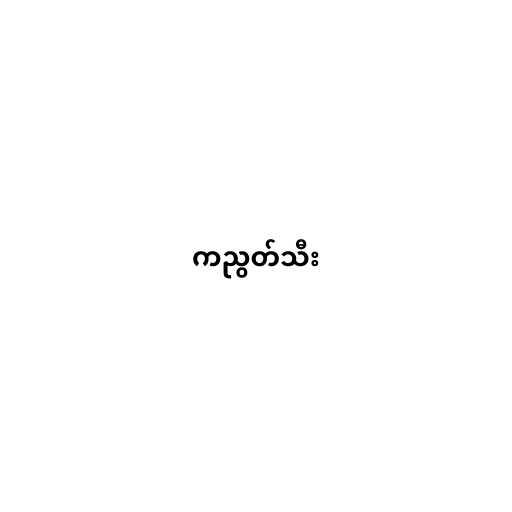
ကညွတ်သီး